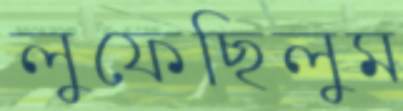
লুফেছিলুম